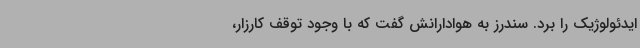
ایدئولوژیک را برد. سندرز به هوادارانش گفت که با وجود توقف کارزار،